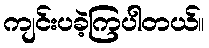
ကျင်းပခဲ့ကြပါတယ်။